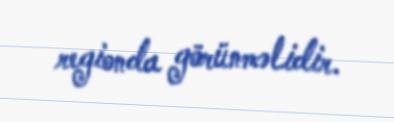
regionda görünməlidir.